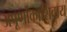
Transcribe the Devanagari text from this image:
अपूर्णांकाशिवाय